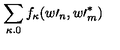
\sum _ { \kappa . 0 } f _ { \kappa } ( w \prime _ { n } , w \prime _ { m } ^ { \ast } )